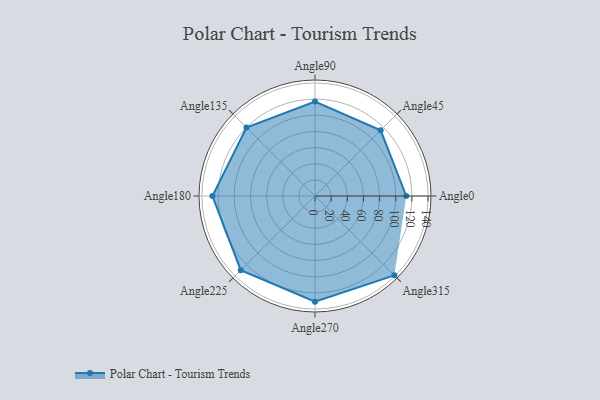
{"axis": {"x": "Angle", "y": "Radius"}, "legend": [""], "data": [{"x": "Angle0", "y": 113.0, "type": ""}, {"x": "Angle45", "y": 115.0, "type": ""}, {"x": "Angle90", "y": 117.0, "type": ""}, {"x": "Angle135", "y": 120.0, "type": ""}, {"x": "Angle180", "y": 127.0, "type": ""}, {"x": "Angle225", "y": 130.0, "type": ""}, {"x": "Angle270", "y": 131.0, "type": ""}, {"x": "Angle315", "y": 139.0, "type": ""}]}